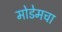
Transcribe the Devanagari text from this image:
मोडेमचा